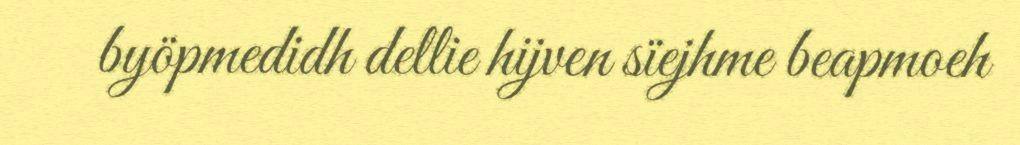
byöpmedidh dellie hijven sïejhme beapmoeh